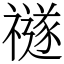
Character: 禭